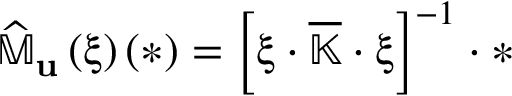
\widehat { \mathbb { M } } _ { \mathbf { u } } \left( \boldsymbol { \upxi } \right) ( \ast ) = \left[ \boldsymbol { \upxi } \cdot \overline { { \mathbb { K } } } \cdot \boldsymbol { \upxi } \right] ^ { - 1 } \cdot \ast